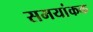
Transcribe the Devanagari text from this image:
समयांकक